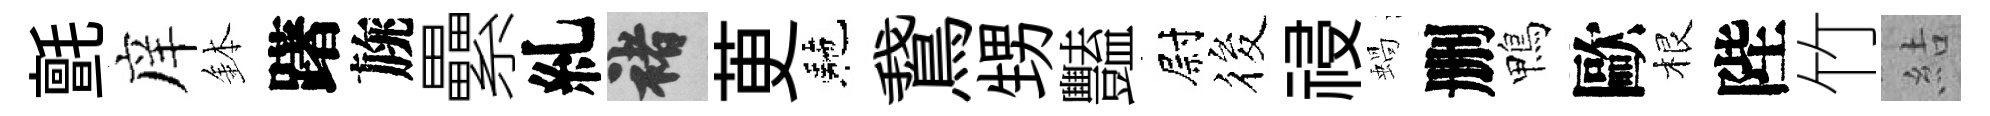
氈庠鉢躇旐纍糺褚茰駰鵞甥豔尉筱祲蝸删鴨歐根陛竹結